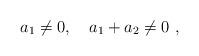
LaTeX: \begin{align*}a_1\neq 0,\quad a_1+a_2\neq 0\ ,\end{align*}